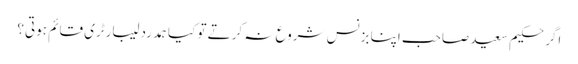
اگر حکیم سعید صاحب اپنا بزنس شروع نہ کرتے تو کیا ہمدرد لیبارٹری قائم ہوتی؟